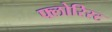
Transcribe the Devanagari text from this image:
फ्लोरिस्ट